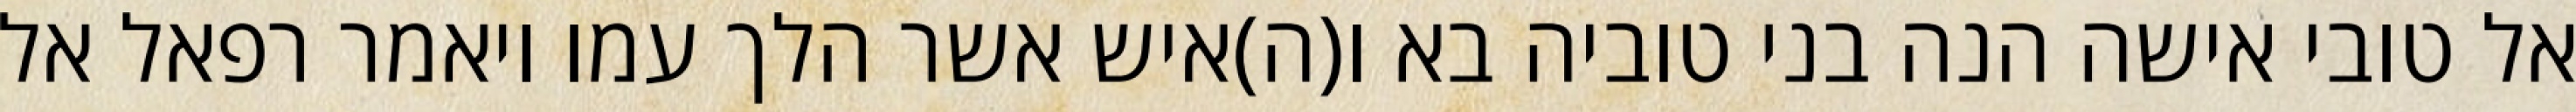
אל טובי אישה הנה בני טוביה בא ו(ה)איש אשר הלך עמו ויאמר רפאל אל